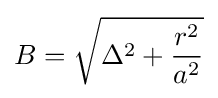
B={\sqrt {\Delta ^{2}+{r^{2} \over a^{2}}}}